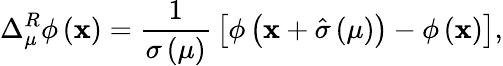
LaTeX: \Delta_{\mu}^{R}\phi\left(\mathbf{x}\right)={\frac{{1}}{{\sigma\left(\mu\right)}}}\left[\phi\left(\mathbf{x}+\hat{{\sigma}}\left(\mu\right)\right)-\phi\left(\mathbf{x}\right)\right],